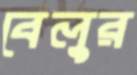
বেলুর